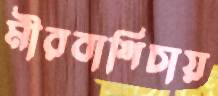
মীরবাগিচায়